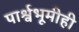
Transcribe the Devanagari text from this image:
पार्श्वभूमीही